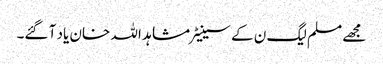
مجھے مسلم لیگ ن کے سینیٹر مشاہد اللہ خان یاد آ گئے۔